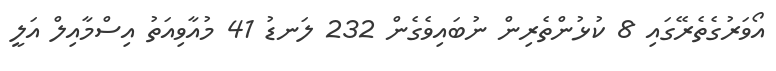
އޯވަރުގެތެރޭގައި 8 ކުޅުންތެރިން ނުބައިވެގެން 232 ލަނޑު 41 މުއާވިއަތު އިސްމާއިލް އަލީ